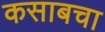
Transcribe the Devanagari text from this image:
कसाबचा